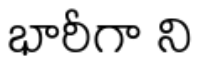
భారీగా ని